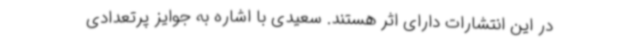
در این انتشارات دارای اثر هستند. سعیدی با اشاره به جوایز پرتعدادی